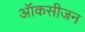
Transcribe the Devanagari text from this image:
ऑकसीजन